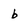
Character: b